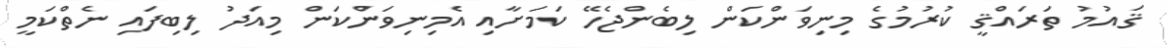
ޤައުމު ތަރައްޤީ ކުރުމުގެ މިނިވަންކަން ލިބެންޖެހޭ ކަމަށާއި އެމިނިވަންކަން މިއަދު ލިބިފައި ނެތްކަމީ